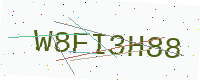
Text: W8FI3H88